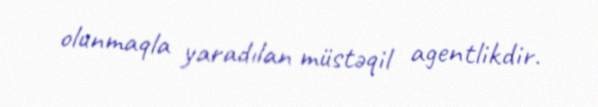
olunmaqla yaradılan müstəqil agentlikdir.